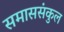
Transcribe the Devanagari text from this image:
समाससंकुल